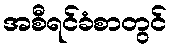
အစီရင်ခံစာတွင်